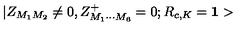
| Z _ { M _ { 1 } M _ { 2 } } \neq 0 , Z _ { M _ { 1 } \cdots M _ { 6 } } ^ { + } = 0 ; R _ { c , K } = { \bf 1 > }